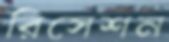
রিসেশন